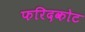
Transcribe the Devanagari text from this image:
फरिदकोट